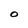
Character: O